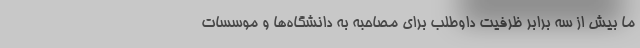
ما بیش از سه برابر ظرفیت داوطلب برای مصاحبه به دانشگاه‌ها و موسسات